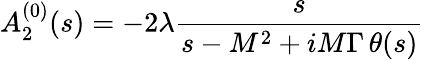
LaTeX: A_{2}^{(0)}(s)=-2\lambda\frac{s}{s-M^{2}+iM\Gamma\, \theta(s)}